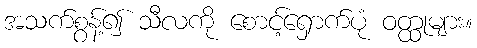
အသက်စွန့်၍ သီလကို စောင့်ရှောက်ပုံ ဝတ္ထုများ။